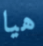
هيا